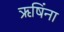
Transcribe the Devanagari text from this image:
ऋषिंना